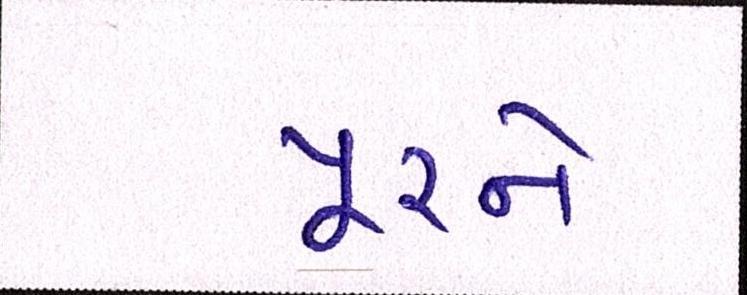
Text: પૂરને